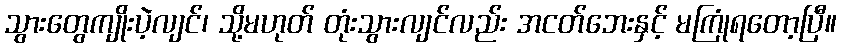
သွားတွေကျိုးပဲ့လျင်၊ သို့မဟုတ် တုံးသွားလျင်လည်း အငတ်ဘေးနှင့် မကြုံရတော့ပြီ။